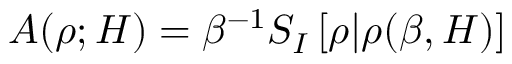
A ( \rho ; H ) = \beta ^ { - 1 } S _ { I } \left[ \rho | \rho ( \beta , H ) \right]